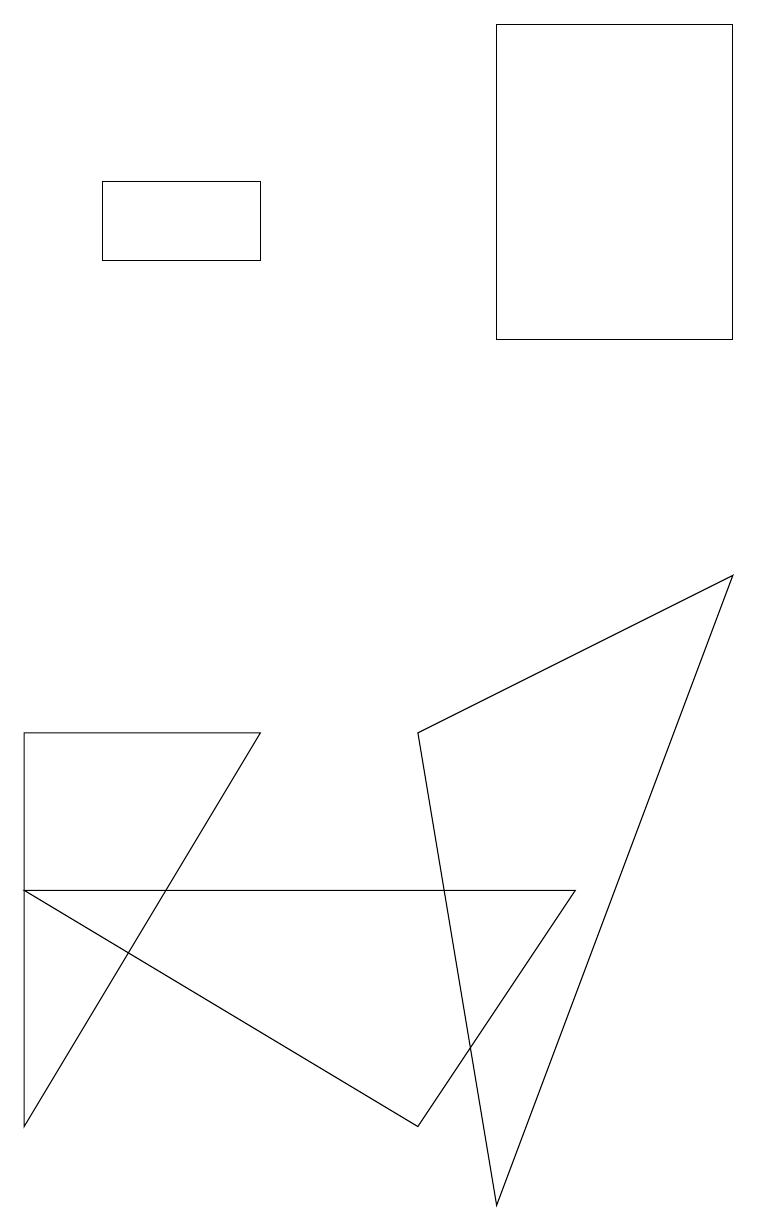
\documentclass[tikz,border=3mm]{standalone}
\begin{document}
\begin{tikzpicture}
\draw (9,8) -- (6,0) -- (5,6) -- cycle;
\draw (3,6) -- (0,1) -- (0,6) -- cycle;
\draw (9,11) rectangle (6,15);
\draw (0,4) -- (7,4) -- (5,1) -- cycle;
\draw (1,12) rectangle (3,13);
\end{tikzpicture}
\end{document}